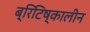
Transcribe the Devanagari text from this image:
ब्रिटिष्कालीन